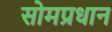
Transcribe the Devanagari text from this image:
सोमप्रधान